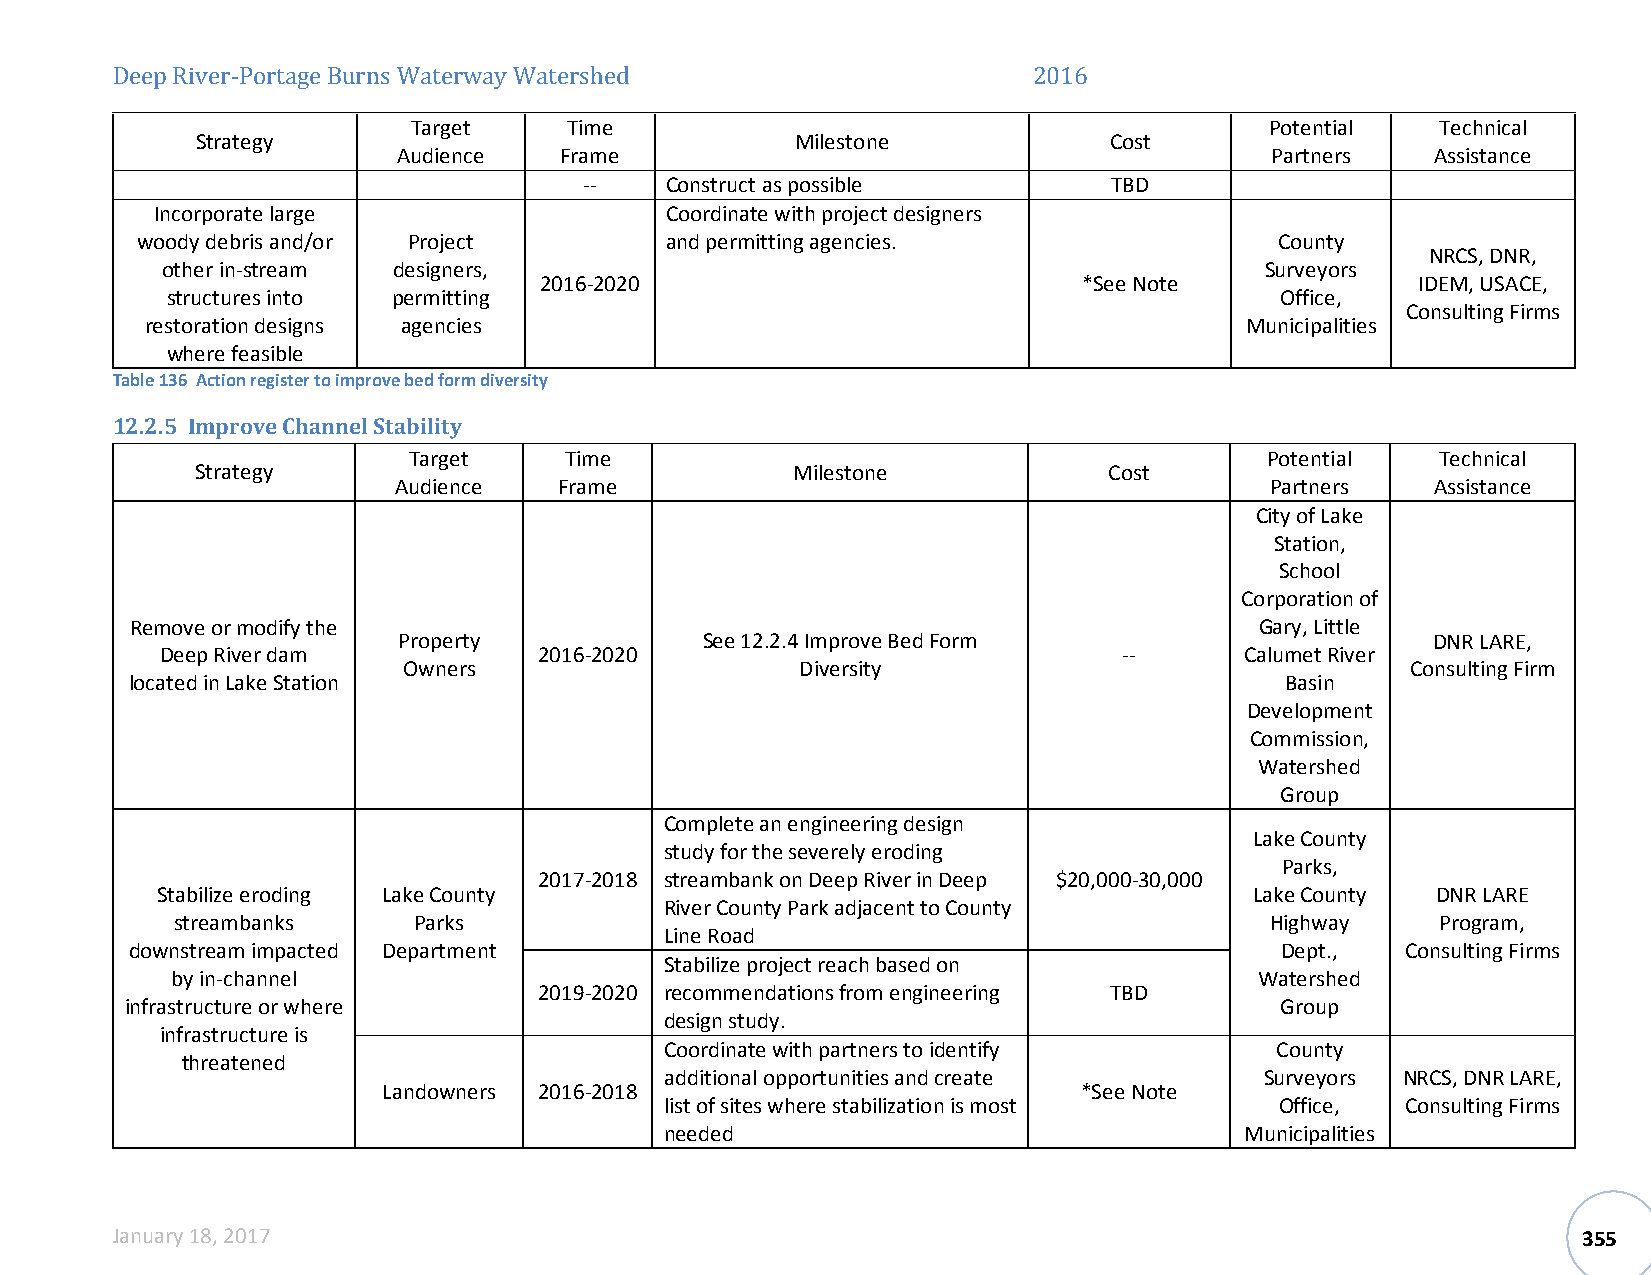
Deep River-Portage Burns WTaatrgeertw ay WateTrismhee d      2016            Potential  Technical
 Strategy                                Milestone           Cost
 Audience   Frame                                          Partners   Assistance
 --   Construct as possible         TBD
 Incorporate large                 Coordinate with project designers
 woody debris and/or Project        and permitting agencies.                 County
 NRCS, DNR,
 other in-stream designers,                                               Surveyors
 2016-2020                           *See Note             IDEM, USACE,
 structures into permitting                                                Office,
 Consulting Firms
 restoration designs agencies                                            Municipalities
 where feasible
 Table 136 Action register to improve bed form diversity
 12.2.5 Improve Channel Stability
 Target    Time                                           Potential  Technical
 Strategy                                Milestone           Cost
 Audience   Frame                                          Partners   Assistance
 City of Lake
 Station,
 School
 Corporation of
 Remove or modify the                                                      Gary, Little
 Property            See 12.2.4 Improve Bed Form                      DNR LARE,
 Deep River dam           2016-2020                             --      Calumet River
 Owners                    Diversity                               Consulting Firm
 located in Lake Station                                                     Basin
 Development
 Commission,
 Watershed
 Group
 Complete an engineering design
 Lake County
 study for the severely eroding
 Parks,
 2017-2018 streambank on Deep River in Deep $20,000-30,000
 Stabilize eroding Lake County                                            Lake County DNR LARE
 River County Park adjacent to County
 streambanks    Parks                                                    Highway    Program,
 Line Road
 downstream impacted Department                                              Dept.,  Consulting Firms
 Stabilize project reach based on
 by in-channel                                                           Watershed
 2019-2020 recommendations from engineering TBD
 infrastructure or where                                                      Group
 design study.
 infrastructure is
 Coordinate with partners to identify    County
 threatened
 additional opportunities and create     Surveyors NRCS, DNR LARE,
 Landowners 2016-2018                           *See Note
 list of sites where stabilization is most Office, Consulting Firms
 needed                                Municipalities
 January 18, 2017                                                                                  355